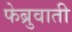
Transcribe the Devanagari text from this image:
फेब्रुवाती